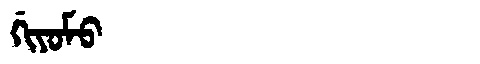
Manchu: ᡤᡳᠶᠣᠮᠣ
Romanization: GIYOMO